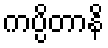
ကပ္ပိတာနိ